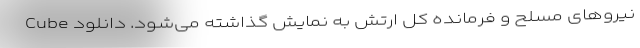
نیروهای مسلح و فرمانده کل ارتش به نمایش گذاشته می‌شود. دانلود Cube